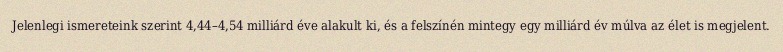
Jelenlegi ismereteink szerint 4,44–4,54 milliárd éve alakult ki, és a felszínén mintegy egy milliárd év múlva az élet is megjelent.